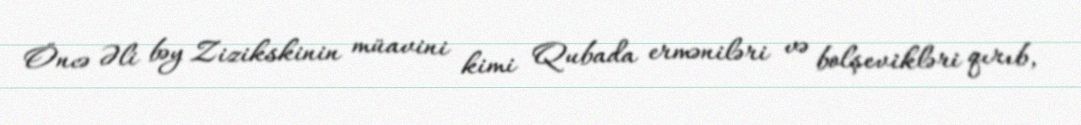
Öncə Əli bəy Zizikskinin müavini kimi Qubada erməniləri və bolşevikləri qırıb,